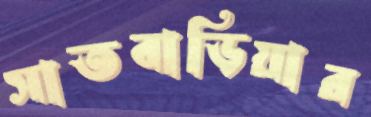
সাতবাড়িয়ার